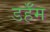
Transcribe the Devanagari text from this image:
डर्हॅम